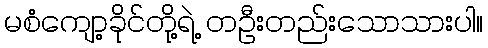
မစံကျော့ခိုင်တို့ရဲ့ တဦးတည်းသောသားပါ။